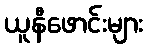
ယူနီဖောင်းများ